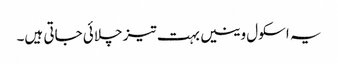
یہ اسکول وینیں بہت تیز چلائی جاتی ہیں۔